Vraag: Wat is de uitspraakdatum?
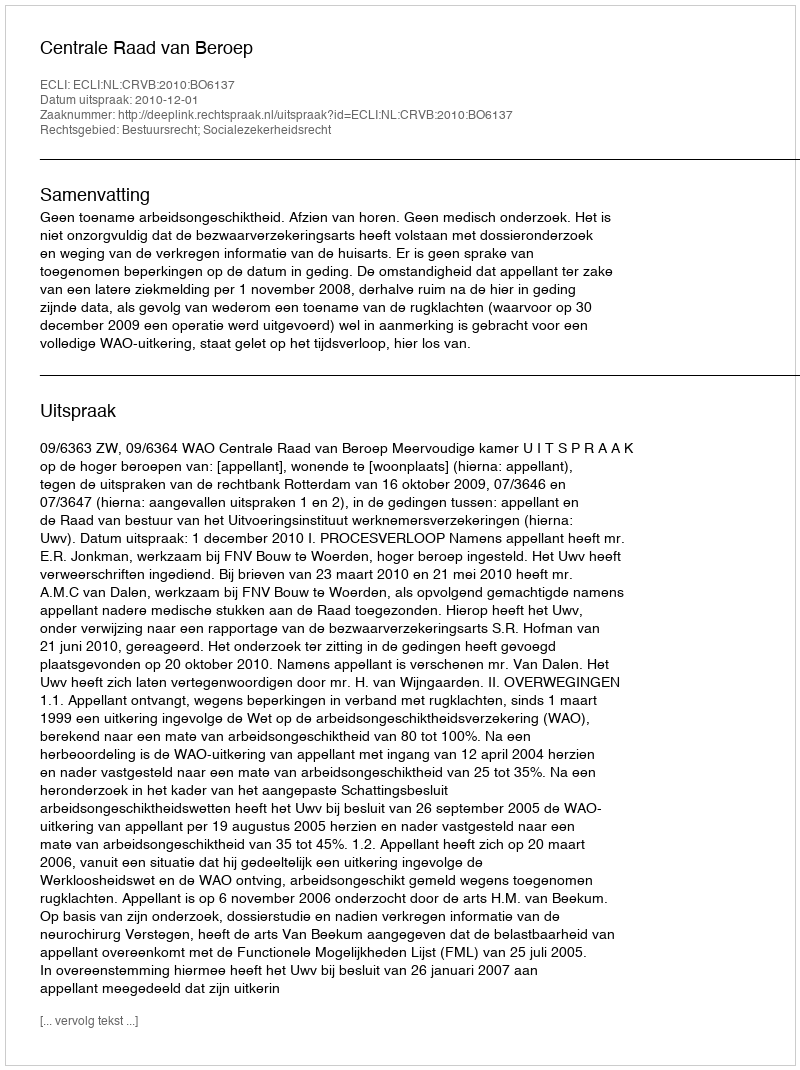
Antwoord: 2010-12-01